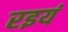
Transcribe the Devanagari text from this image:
रइयं